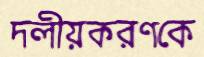
দলীয়করণকে